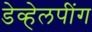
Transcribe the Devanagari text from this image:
डेव्हेलपींग